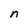
Character: n